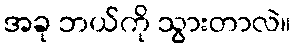
အခု ဘယ်ကို သွားတာလဲ။